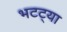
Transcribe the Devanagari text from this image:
भटट्या